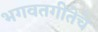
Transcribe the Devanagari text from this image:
भगवतगीतेचे